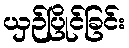
ယှဉ်ပြိုင်ခြင်း